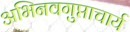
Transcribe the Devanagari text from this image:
अभिनवगुप्ताचार्य